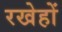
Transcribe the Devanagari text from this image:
रखेहों